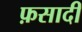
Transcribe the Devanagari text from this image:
फ़सादी